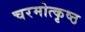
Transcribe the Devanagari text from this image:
चरमोत्कृष्ठ